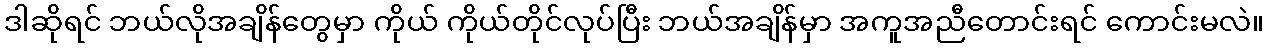
ဒါဆိုရင် ဘယ်လိုအချိန်တွေမှာ ကိုယ် ကိုယ်တိုင်လုပ်ပြီး ဘယ်အချိန်မှာ အကူအညီတောင်းရင် ကောင်းမလဲ။